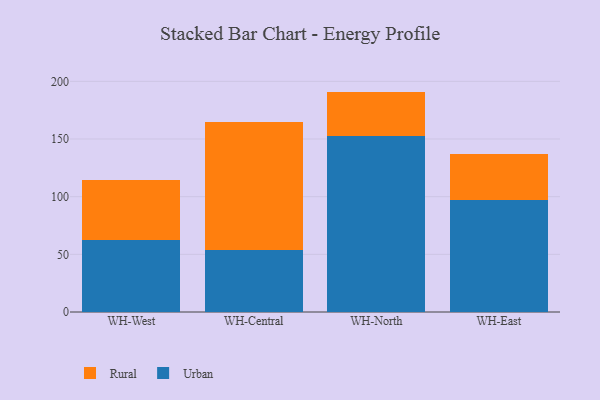
{"axis": {"x": "Warehouse", "y": "Shipments"}, "legend": ["Rural", "Urban"], "data": [{"x": "WH-West", "y": 62.1, "type": "Urban"}, {"x": "WH-West", "y": 52.4, "type": "Rural"}, {"x": "WH-Central", "y": 53.5, "type": "Urban"}, {"x": "WH-Central", "y": 111.4, "type": "Rural"}, {"x": "WH-North", "y": 152.7, "type": "Urban"}, {"x": "WH-North", "y": 38.4, "type": "Rural"}, {"x": "WH-East", "y": 97.0, "type": "Urban"}, {"x": "WH-East", "y": 39.9, "type": "Rural"}]}